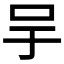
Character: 𠯊